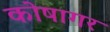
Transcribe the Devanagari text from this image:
कोषागर